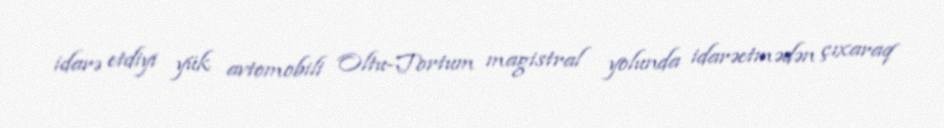
idarə etdiyi yük avtomobili Oltu-Tortum magistral yolunda idarəetmədən çıxaraq